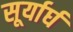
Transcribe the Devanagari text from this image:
सूर्यार्घ